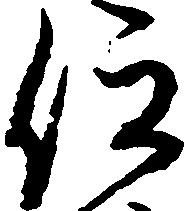
仰